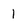
Character: 1